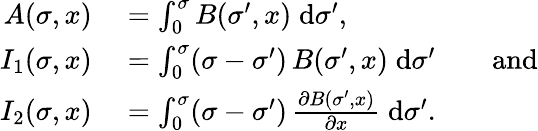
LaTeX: \begin{array}{rl}{A(\sigma,x)}&{{}=\int_{0}^{\sigma}B(\sigma^{\prime},x)\; \mathrm{d}\sigma^{\prime},}\\ {I_{1}(\sigma,x)}&{{}=\int_{0}^{\sigma}(\sigma-\sigma^{\prime})\, B(\sigma^{\prime},x)\; \mathrm{d}\sigma^{\prime}\qquad{\mathrm{and}}}\\ {I_{2}(\sigma,x)}&{{}=\int_{0}^{\sigma}(\sigma-\sigma^{\prime})\, {\frac{\partial B(\sigma^{\prime},x)}{\partial x}}\; \mathrm{d}\sigma^{\prime}.}\end{array}